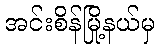
အင်းစိန်မြို့နယ်မှ